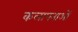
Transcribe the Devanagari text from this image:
कलापनाओं